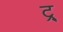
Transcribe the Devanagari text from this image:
ट्र्